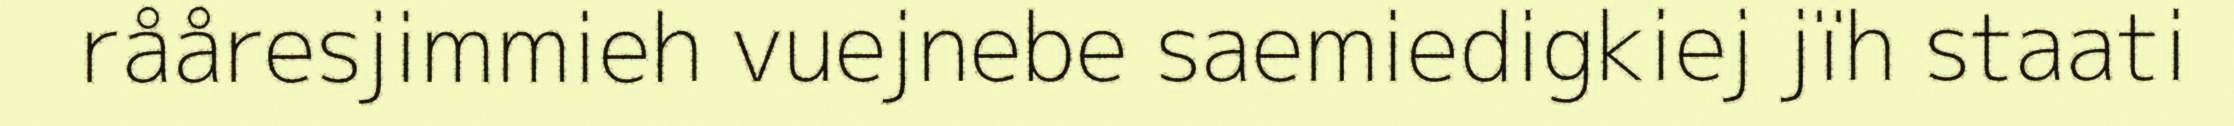
rååresjimmieh vuejnebe saemiedigkiej jïh staati